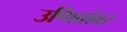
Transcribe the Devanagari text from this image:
उणिवांवर